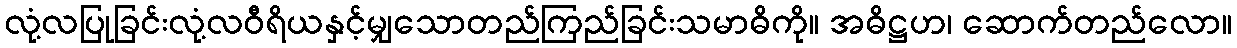
လုံ့လပြုခြင်းလုံ့လဝီရိယနှင့်မျှသောတည်ကြည်ခြင်းသမာဓိကို။ အဓိဋ္ဌဟ၊ ဆောက်တည်လော။